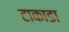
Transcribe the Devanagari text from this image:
टाकाडा